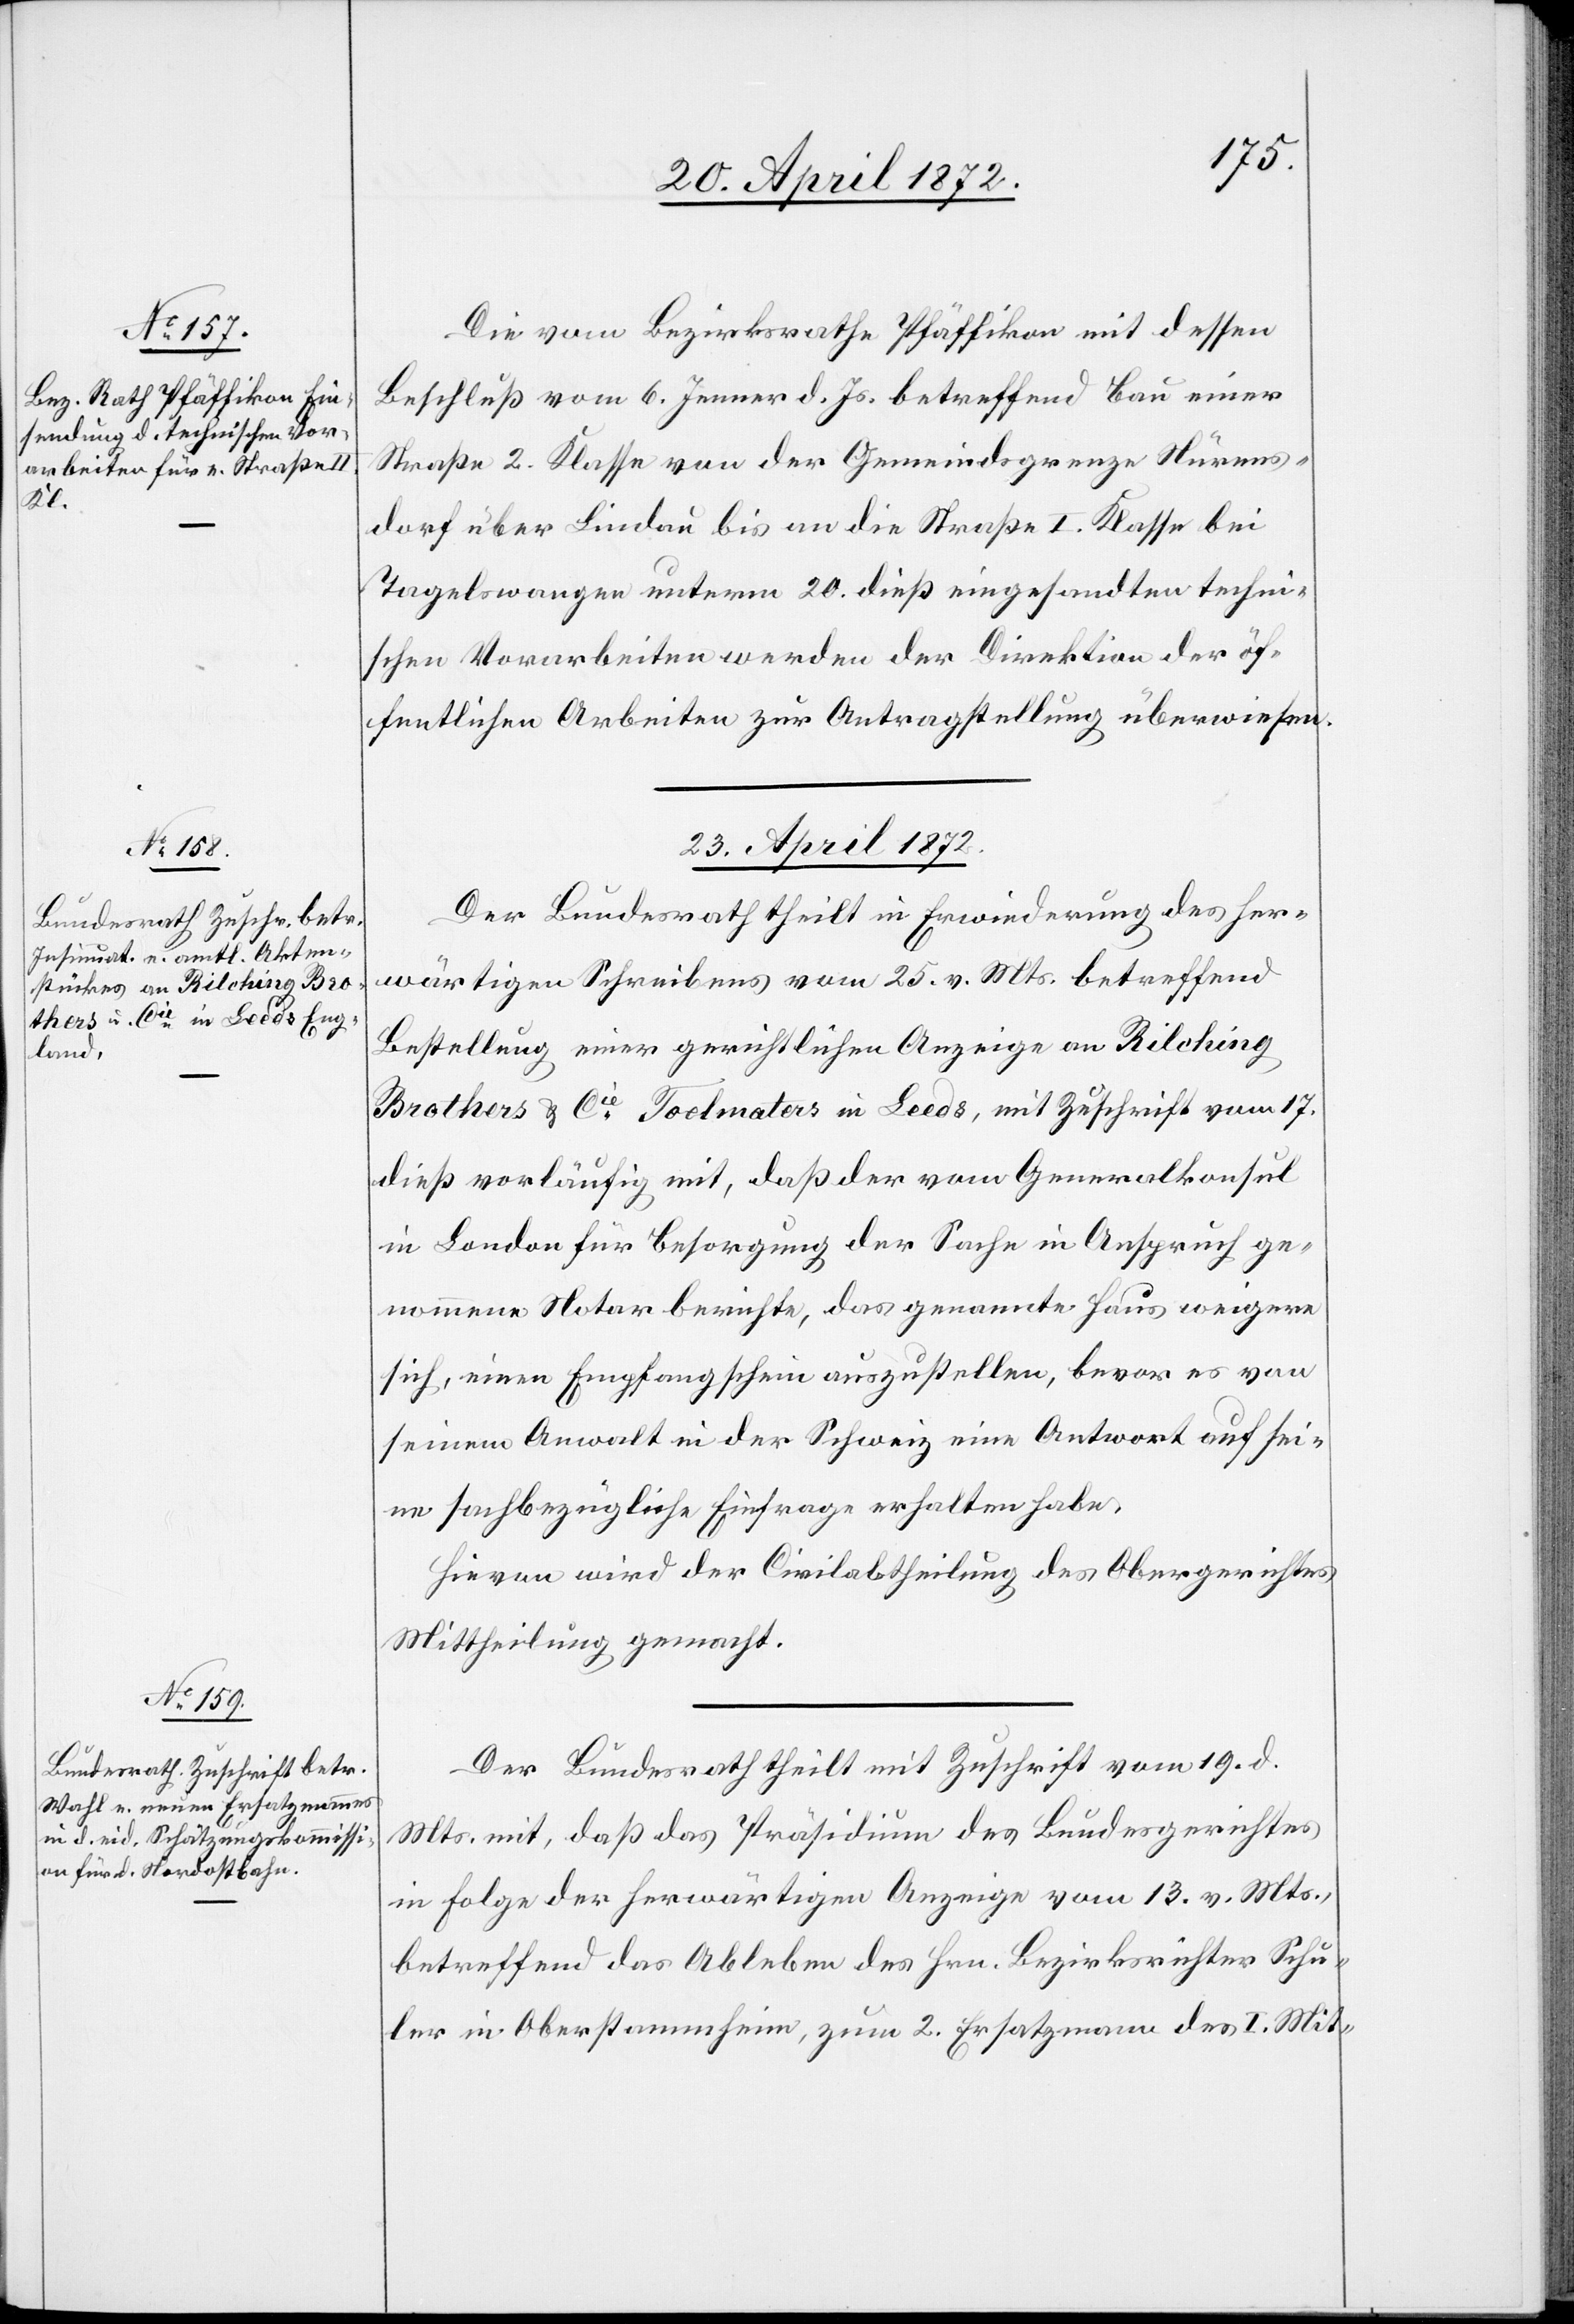
22. April 1872.]
Die vom Bezirksrathe Pfäffikon mit dessen
Beschluß vom 6. Jenner d. Js. betreffend Bau einer
Straße 2. Klasse von der Gemeindsgrenze Nürens¬
dorf über Lindau bis an die Straße I. Klasse bei
Tagelswangen unterm 20. dieß eingesandten techni¬
schen Vorarbeiten werden der Direktion der öf¬
fentlichen Arbeiten zur Antragstellung überwiesen.
23. April 1872.]
Der Bundesrath theilt in Erwiederung des her¬
wärtigen Schreibens vom 25. v. Mts. betreffend
Bestellung einer gerichtlichen Anzeige an Kilching
Brothers u. Cie [?Toolmaters] in Leeds, mit Zuschrift vom 17.
dieß vorläufig mit, daß der vom Generalkonsul
in London für Besorgung der Sache in Anspruch ge¬
nommene Notar berichte, das genannte Haus weigere
sich, einen Empfangschein auszustellen, bevor es von
seinem Anwalt in der Schweiz eine Antwort auf sei¬
ne sachbezügliche Einfrage erhalten habe.
Hievon wird der Civilabtheilung des Obergerichtes
Mittheilung gemacht.
Der Bundesrath theilt mit Zuschrift vom 19. d.
Mts mit, daß das Präsidium des Bundesgerichtes
in Folge der herwärtigen Anzeige vom 13. v. Mts.,
betreffend das Ableben des Hrn. Bezirksrichter Schu¬
ler in Oberstammheim, zum 2. Ersatzmann des I. Mit-